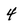
Character: 4